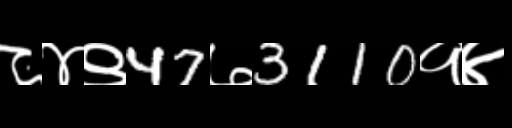
Text: ८४९47७3110१४